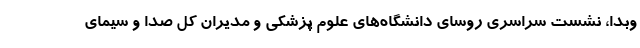
وبدا، نشست سراسری روسای دانشگاه‌های علوم پزشکی و مدیران کل صدا و سیمای